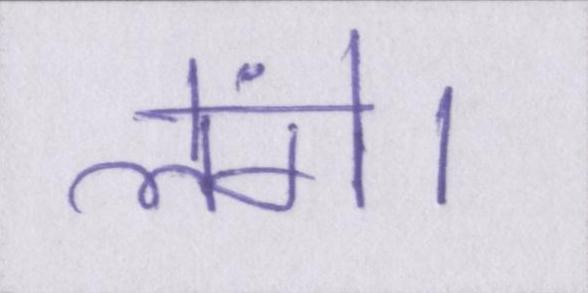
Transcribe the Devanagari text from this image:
लेंगे।